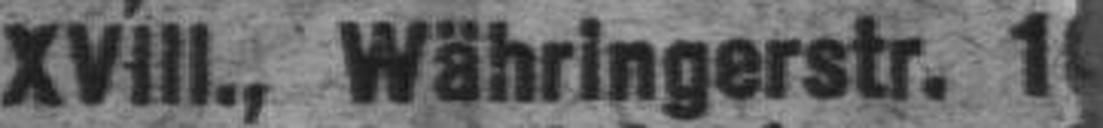
XVIII., Währingerstr. 1###